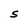
Character: S